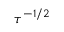
\tau ^ { - 1 / 2 }